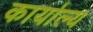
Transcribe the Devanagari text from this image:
कार्याल्य